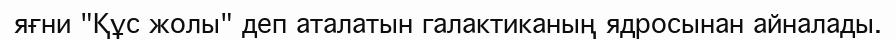
яғни "Құс жолы" деп аталатын галактиканың ядросынан айналады.